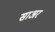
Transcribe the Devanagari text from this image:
साअर